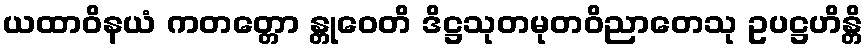
ယထာဝိနယံ ကတတ္တော န္တုဝေတိ ဒိဋ္ဌသုတမုတဝိညာတေသု ဥပဋ္ဌဟိန္တိ